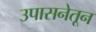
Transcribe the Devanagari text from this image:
उपासनेतून